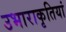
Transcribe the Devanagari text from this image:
उभाराकृतियां